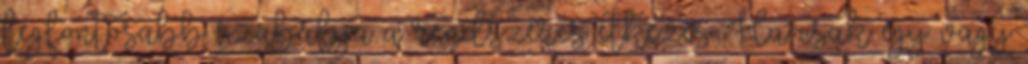
legfontosabb szabálya a rendszeres étkezés. Ha csak egy vagy